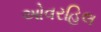
ઓવરહિલ